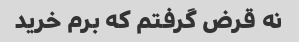
نه قرض گرفتم که برم خرید